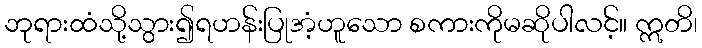
ဘုရားထံသို့သွား၍ရဟန်းပြုအံ့ဟူသော စကားကိုမဆိုပါလင့်။ ဣတိ၊